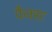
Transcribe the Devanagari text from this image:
फैक्सः